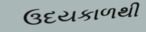
ઉદયકાળથી